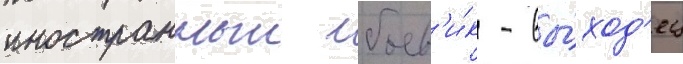
иностранныи боев'и́к - вы́ход'ец